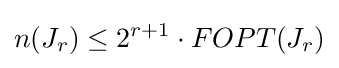
n(J_{r})\leq 2^{r+1}\cdot FOPT(J_{r})